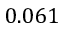
0 . 0 6 1